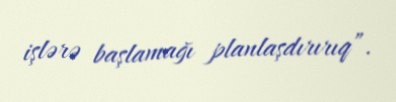
işlərə başlamağı planlaşdırırıq”.